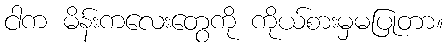
ငါက မိန်းကလေးတွေကို ကိုယ်စားမှမပြုတာ။